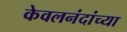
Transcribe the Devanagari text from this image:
केवलनंदांच्या